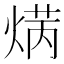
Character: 𤋲